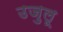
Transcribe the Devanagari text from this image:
उजुलू